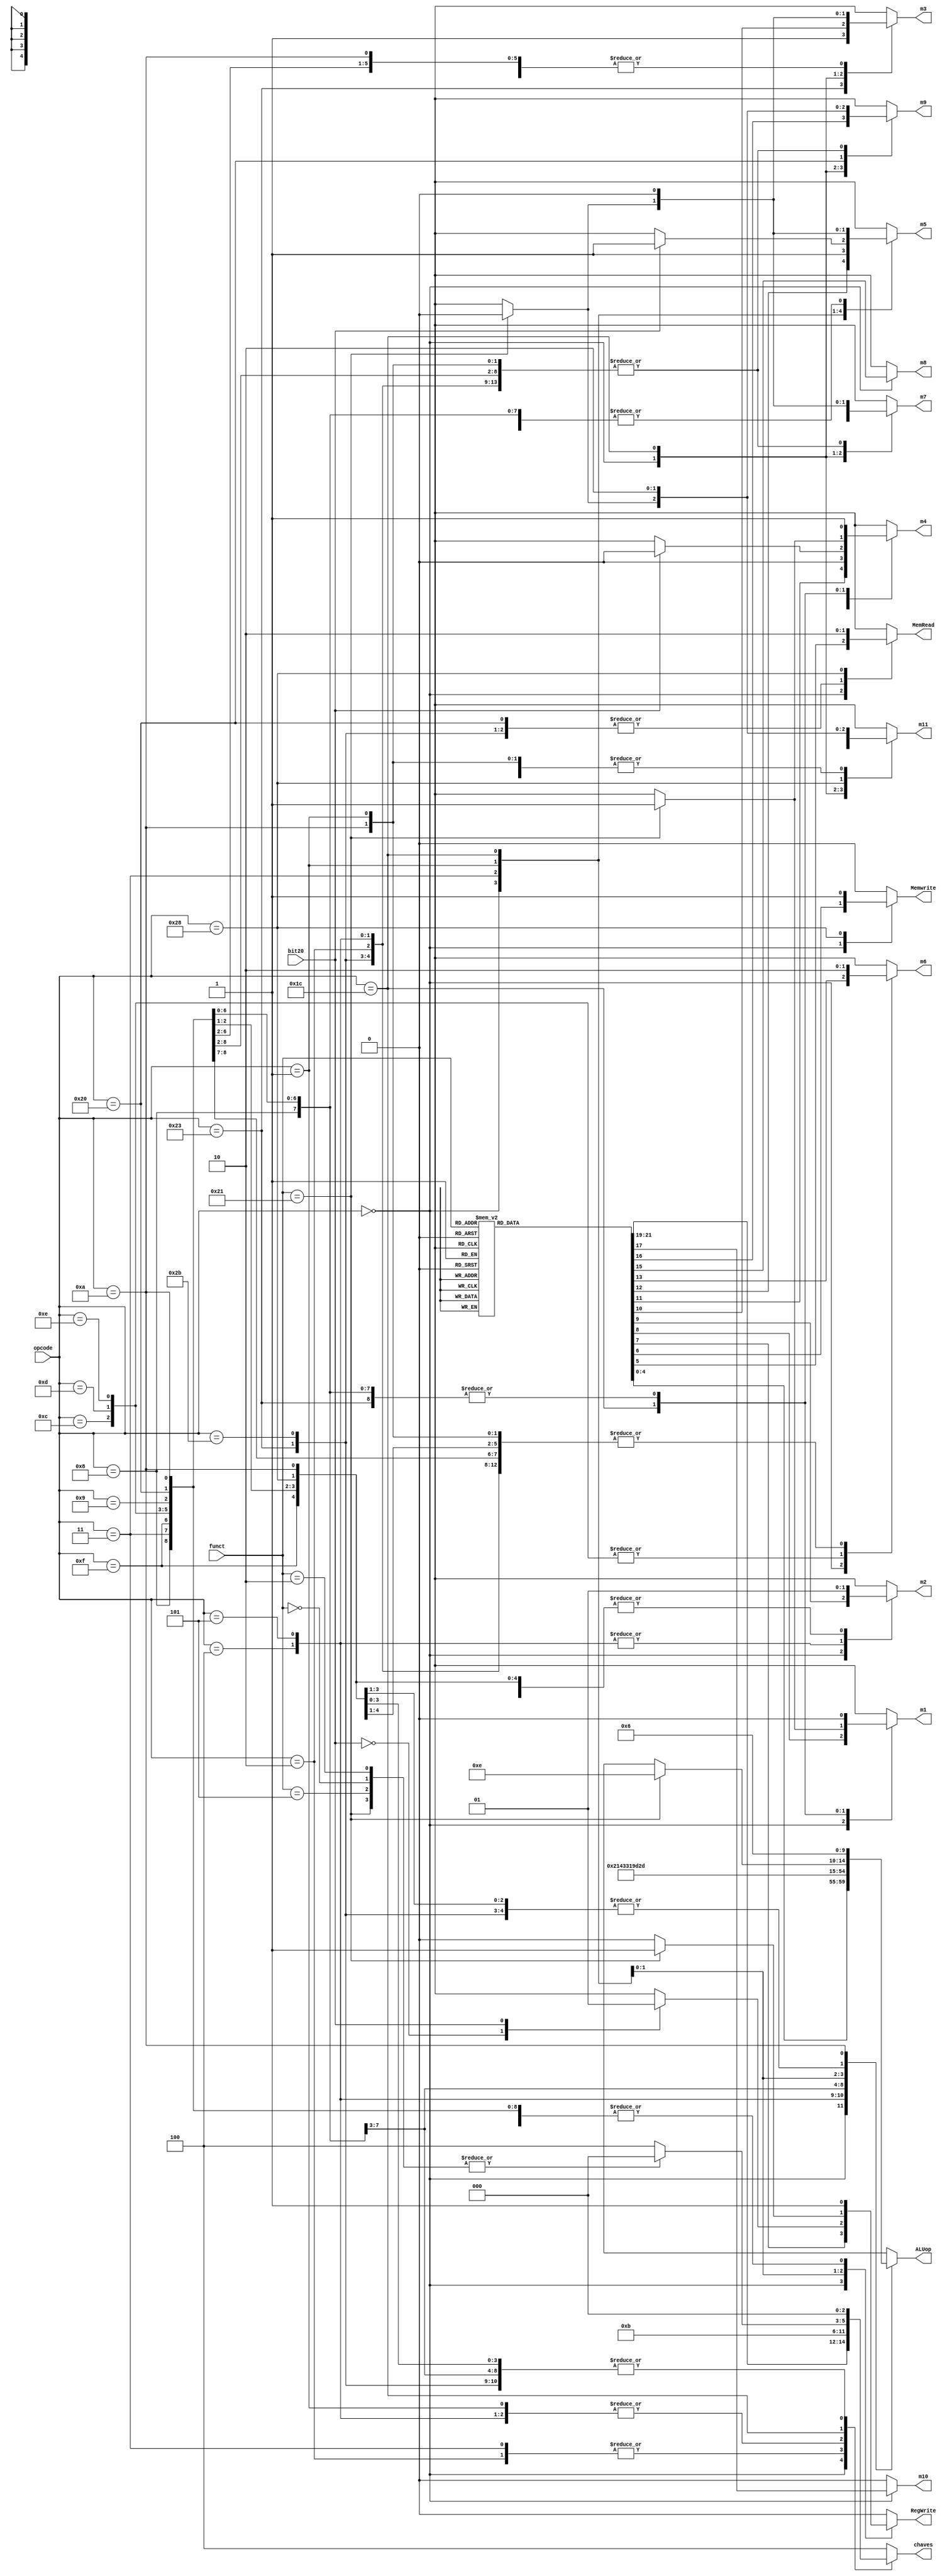
module bloco_de_controle
(opcode,funct,bit20,MemRead,ALUop,Memwrite,RegWrite,m1,m2,m3,m4,m5,m6,m7,m8,m9,m10,m11,chaves);
input [5:0] opcode;
input [5:0] funct;
input bit20;
output reg [2:0] chaves;
output reg MemRead,Memwrite,RegWrite,m1,m2,m3,m4,m5,m6,m7,m8,m9,m10,m11;
output reg [4:0] ALUop;
always @(*)
begin

	case(opcode)
		6'b100011: //lw
			begin
				 ALUop = 5'b00000;
				 MemRead = 1'b1;
				 Memwrite = 1'b0;
				 RegWrite = 1'b1;
				 m1 = 1'b0;
				 m2 = 1'b1;
				 m3 = 1'b1;
				 m4 = 1'b1;
				 m5 = 1'b0;
				 m6 = 1'b0;
				 m7 = 1'b0;
				 m8 = 1'bx;
				 m9 = 1'b0;
				 m10 = 1'b0;
				 m11 = 1'b0;
				 chaves = 3'b000;
			end
		6'b000000: //varias operacoes
			begin
				case(funct)
					6'b100000: //add
						begin
							 ALUop = 5'b00001;
							 MemRead = 1'bx;
							 Memwrite = 1'b0;
							 RegWrite = 1'b1;
							 m1 = 1'b1;
							 m2 = 1'b0;
							 m3 = 1'b0;
							 m4 = 1'b1;
							 m5 = 1'b0;
							 m6 = 1'b0;
							 m7 = 1'b0;
							 m8 = 1'bx;
							 m9 = 1'b0;
							 m10 = 1'b0;
							 m11 = 1'b0;
							 chaves = 3'b000;
						end
					6'b100010: //sub
						begin
							 ALUop = 5'b00010;
							 MemRead = 1'bx;
							 Memwrite = 1'b0;
							 RegWrite = 1'b1;
							 m1 = 1'b1;
							 m2 = 1'b0;
							 m3 = 1'b0;
							 m4 = 1'b1;
							 m5 = 1'b0;
							 m6 = 1'b0;
							 m7 = 1'b0;
							 m8 = 1'bx;
							 m9 = 1'b0;
							 m10 = 1'b0;
							 m11 = 1'b0;
							 chaves = 3'b000;
						end
					6'b100100: //and
						begin
							 ALUop = 5'b00011;
							 MemRead = 1'bx;
							 Memwrite = 1'b0;
							 RegWrite = 1'b1;
							 m1 = 1'b1;
							 m2 = 1'b0;
							 m3 = 1'b0;
							 m4 = 1'b1;
							 m5 = 1'b0;
							 m6 = 1'b0;
							 m7 = 1'b0;
							 m8 = 1'bx;
							 m9 = 1'b0;
							 m10 = 1'b0;
							 m11 = 1'b0;
							 chaves = 3'b000;
						end
					6'b100001: //addu
						begin
							 ALUop = 5'b00000;
							 MemRead = 1'bx;
							 Memwrite = 1'b0;
							 RegWrite = 1'b1;
							 m1 = 1'b1;
							 m2 = 1'b0;
							 m3 = 1'b0;
							 m4 = 1'b1;
							 m5 = 1'b0;
							 m6 = 1'b0;
							 m7 = 1'b0;
							 m8 = 1'bx;
							 m9 = 1'b0;
							 m10 = 1'b0;
							 m11 = 1'b0;
							 chaves = 3'b000;
						end
					6'b101010: //slt
						begin
							 ALUop = 5'b00110;
							 MemRead = 1'bx;
							 Memwrite = 1'b0;
							 RegWrite = 1'b1;
							 m1 = 1'b1;
							 m2 = 1'b0;
							 m3 = 1'b0;
							 m4 = 1'b1;
							 m5 = 1'b0;
							 m6 = 1'b0;
							 m7 = 1'b0;
							 m8 = 1'bx;
							 m9 = 1'b0;
							 m10 = 1'b0;
							 m11 = 1'b0;
							 chaves = 3'b000;
						end
					6'b110100: //teq
						begin
							 ALUop = 5'b00100;
							 MemRead = 1'bx;
							 Memwrite = 1'b0;
							 RegWrite = 1'b0;
							 m1 = 1'bx;
							 m2 = 1'b0;
							 m3 = 1'bx;
							 m4 = 1'bx;
							 m5 = 1'bx;
							 m6 = 1'b0;
							 m7 = 1'bx;
							 m8 = 1'bx;
							 m9 = 1'bx;
							 m10 = 1'b0;
							 m11 = 1'bx;
							 chaves = 3'b100;
						end
					6'b100101: //or
						begin
							 ALUop = 5'b00111;
							 MemRead = 1'bx;
							 Memwrite = 1'b0;
							 RegWrite = 1'b1;
							 m1 = 1'b1;
							 m2 = 1'b0;
							 m3 = 1'b0;
							 m4 = 1'b1;
							 m5 = 1'b0;
							 m6 = 1'b0;
							 m7 = 1'b0;
							 m8 = 1'bx;
							 m9 = 1'b0;
							 m10 = 1'b0;
							 m11 = 1'b0;
							 chaves = 3'b000;
						end
					6'b100111: //nor
						begin
							 ALUop = 5'b01000;
							 MemRead = 1'bx;
							 Memwrite = 1'b0;
							 RegWrite = 1'b1;
							 m1 = 1'b1;
							 m2 = 1'b0;
							 m3 = 1'b0;
							 m4 = 1'b1;
							 m5 = 1'b0;
							 m6 = 1'b0;
							 m7 = 1'b0;
							 m8 = 1'bx;
							 m9 = 1'b0;
							 m10 = 1'b0;
							 m11 = 1'b0;
							 chaves = 3'b000;
						end
					6'b100110: //xor
						begin
							 ALUop = 5'b01001;
							 MemRead = 1'bx;
							 Memwrite = 1'b0;
							 RegWrite = 1'b1;
							 m1 = 1'b1;
							 m2 = 1'b0;
							 m3 = 1'b0;
							 m4 = 1'b1;
							 m5 = 1'b0;
							 m6 = 1'b0;
							 m7 = 1'b0;
							 m8 = 1'bx;
							 m9 = 1'b0;
							 m10 = 1'b0;
							 m11 = 1'b0;
							 chaves = 3'b000;
						end
					6'b001000: //jr
						begin
							 ALUop = 5'bxxxxx;
							 MemRead = 1'bx;
							 Memwrite = 1'b0;
							 RegWrite = 1'b0;
							 m1 = 1'bx;
							 m2 = 1'bx;
							 m3 = 1'bx;
							 m4 = 1'bx;
							 m5 = 1'b0;
							 m6 = 1'b0;
							 m7 = 1'b0;
							 m8 = 1'bx;
							 m9 = 1'b0;
							 m10 = 1'b0;
							 m11 = 1'b0;
							 chaves = 3'b010;
						end
					6'b100011: //subu
						begin
							 ALUop = 5'b01010;
							 MemRead = 1'bx;
							 Memwrite = 1'b0;
							 RegWrite = 1'b1;
							 m1 = 1'b1;
							 m2 = 1'b0;
							 m3 = 1'b0;
							 m4 = 1'b1;
							 m5 = 1'b0;
							 m6 = 1'b0;
							 m7 = 1'b0;
							 m8 = 1'bx;
							 m9 = 1'b0;
							 m10 = 1'b0;
							 m11 = 1'b0;
							 chaves = 3'b000;
						end
					6'b000000: //sll
						begin
							 ALUop = 5'b01011;
							 MemRead = 1'bx;
							 Memwrite = 1'b0;
							 RegWrite = 1'b1;
							 m1 = 1'b1;
							 m2 = 1'b0;
							 m3 = 1'b0;
							 m4 = 1'b1;
							 m5 = 1'b0;
							 m6 = 1'b0;
							 m7 = 1'b0;
							 m8 = 1'bx;
							 m9 = 1'b0;
							 m10 = 1'b0;
							 m11 = 1'b0;
							 chaves = 3'b000;
						end
					6'b000010: //srl
						begin
							 ALUop = 5'b01100;
							 MemRead = 1'bx;
							 Memwrite = 1'b0;
							 RegWrite = 1'b1;
							 m1 = 1'b1;
							 m2 = 1'b0;
							 m3 = 1'b0;
							 m4 = 1'b1;
							 m5 = 1'b0;
							 m6 = 1'b0;
							 m7 = 1'b0;
							 m8 = 1'bx;
							 m9 = 1'b0;
							 m10 = 1'b0;
							 m11 = 1'b0;
							 chaves = 3'b000;
						end
					6'b011000: //mult
						begin
							 ALUop = 5'bxxxxx;
							 MemRead = 1'bx;
							 Memwrite = 1'b0;
							 RegWrite = 1'b0;
							 m1 = 1'bx;
							 m2 = 1'bx;
							 m3 = 1'bx;
							 m4 = 1'bx;
							 m5 = 1'bx;
							 m6 = 1'bx;
							 m7 = 1'bx;
							 m8 = 1'bx;
							 m9 = 1'bx;
							 m10 = 1'b0;
							 m11 = 1'bx;
							 chaves = 3'b000;
						end
					6'b011010: //div
						begin
							 ALUop = 5'bxxxxx;
							 MemRead = 1'bx;
							 Memwrite = 1'b0;
							 RegWrite = 1'b0;
							 m1 = 1'bx;
							 m2 = 1'bx;
							 m3 = 1'bx;
							 m4 = 1'bx;
							 m5 = 1'bx;
							 m6 = 1'bx;
							 m7 = 1'bx;
							 m8 = 1'bx;
							 m9 = 1'bx;
							 m10 = 1'b0;
							 m11 = 1'bx;
							 chaves = 3'b000;
						end
					6'b010000: //mfhi
						begin
							 ALUop = 5'bxxxxx;
							 MemRead = 1'bx;
							 Memwrite = 1'b0;
							 RegWrite = 1'b1;
							 m1 = 1'b1;
							 m2 = 1'bx;
							 m3 = 1'bx;
							 m4 = 1'b1;
							 m5 = 1'b0;
							 m6 = 1'bx;
							 m7 = 1'b1;
							 m8 = 1'b0;
							 m9 = 1'b0;
							 m10 = 1'b0;
							 m11 = 1'b0;
							 chaves = 3'b000;
						end
					6'b010010: //mflo
						begin
							 ALUop = 5'bxxxxx;
							 MemRead = 1'bx;
							 Memwrite = 1'b0;
							 RegWrite = 1'b1;
							 m1 = 1'b1;
							 m2 = 1'bx;
							 m3 = 1'bx;
							 m4 = 1'b1;
							 m5 = 1'b0;
							 m6 = 1'bx;
							 m7 = 1'b1;
							 m8 = 1'b1;
							 m9 = 1'b0;
							 m10 = 1'b0;
							 m11 = 1'b0;
							 chaves = 3'b000;
						end
					6'b000111: //srav
						begin
							 ALUop = 5'b01111;
							 MemRead = 1'bx;
							 Memwrite = 1'b0;
							 RegWrite = 1'b1;
							 m1 = 1'b1;
							 m2 = 1'b0;
							 m3 = 1'b0;
							 m4 = 1'b1;
							 m5 = 1'b0;
							 m6 = 1'b0;
							 m7 = 1'b0;
							 m8 = 1'bx;
							 m9 = 1'b0;
							 m10 = 1'b0;
							 m11 = 1'b0;
							 chaves = 3'b000;
						end
					6'b000011: //sra
						begin
							 ALUop = 5'b10000;
							 MemRead = 1'bx;
							 Memwrite = 1'b0;
							 RegWrite = 1'b1;
							 m1 = 1'b1;
							 m2 = 1'b0;
							 m3 = 1'b0;
							 m4 = 1'b1;
							 m5 = 1'b0;
							 m6 = 1'b0;
							 m7 = 1'b0;
							 m8 = 1'bx;
							 m9 = 1'b0;
							 m10 = 1'b0;
							 m11 = 1'b0;
							 chaves = 3'b000;
						end
					6'b001001: //jalr
						begin
							 ALUop = 5'bxxxxx;
							 MemRead = 1'bx;
							 Memwrite = 1'b0;
							 RegWrite = 1'b1;
							 m1 = 1'b1;
							 m2 = 1'bx;
							 m3 = 1'bx;
							 m4 = 1'b0;
							 m5 = 1'b0;
							 m6 = 1'bx;
							 m7 = 1'bx;
							 m8 = 1'bx;
							 m9 = 1'b0;
							 m10 = 1'b0;
							 m11 = 1'b0;
							 chaves = 3'b010;
						end
					6'b001011: //movn
						begin
							 ALUop = 5'b10001;
							 MemRead = 1'bx;
							 Memwrite = 1'b0;
							 RegWrite = 1'b1;
							 m1 = 1'b1;
							 m2 = 1'b0;
							 m3 = 1'b0;
							 m4 = 1'b1;
							 m5 = 1'b0;
							 m6 = 1'b0;
							 m7 = 1'b0;
							 m8 = 1'bx;
							 m9 = 1'b0;
							 m10 = 1'b1;
							 m11 = 1'b0;
							 chaves = 3'b000;
						end
					6'b101011: //sltu
						begin
							 ALUop = 5'b10010;
							 MemRead = 1'bx;
							 Memwrite = 1'b0;
							 RegWrite = 1'b1;
							 m1 = 1'b1;
							 m2 = 1'b0;
							 m3 = 1'b0;
							 m4 = 1'b1;
							 m5 = 1'b0;
							 m6 = 1'b0;
							 m7 = 1'b0;
							 m8 = 1'bx;
							 m9 = 1'b0;
							 m10 = 1'b0;
							 m11 = 1'b0;
							 chaves = 3'b000;
						end
					default:
						begin
							 ALUop = 5'bxxxxx;
							 MemRead = 1'bx;
							 Memwrite = 1'b0;
							 RegWrite = 1'b0;
							 m1 = 1'bx;
							 m2 = 1'bx;
							 m3 = 1'bx;
							 m4 = 1'bx;
							 m5 = 1'bx;
							 m6 = 1'bx;
							 m7 = 1'bx;
							 m8 = 1'bx;
							 m9 = 1'bx;
							 m10 = 1'b0;
							 m11 = 1'bx;
							 chaves = 3'b100;
						end
				endcase
			end
		6'b101011: //sw
			begin
				 ALUop = 5'b00000;
				 MemRead = 1'b1;
				 Memwrite = 1'b0;
				 RegWrite = 1'b0;
				 m1 = 1'bx;
				 m2 = 1'b1;
				 m3 = 1'bx;
				 m4 = 1'bx;
				 m5 = 1'b0;
				 m6 = 1'b0;
				 m7 = 1'b0;
				 m8 = 1'bx;
				 m9 = 1'b0;
				 m10 = 1'b0;
				 m11 = 1'b0;
				 chaves = 3'b000;
			end
		6'b000010: //j
			begin
				 ALUop = 5'bxxxxx;
				 MemRead = 1'bx;
				 Memwrite = 1'b0;
				 RegWrite = 1'b0;
				 m1 = 1'bx;
				 m2 = 1'bx;
				 m3 = 1'bx;
				 m4 = 1'bx;
				 m5 = 1'b0;
				 m6 = 1'b0;
				 m7 = 1'b0;
				 m8 = 1'bx;
				 m9 = 1'b0;
				 m10 = 1'b0;
				 m11 = 1'b0;
				 chaves = 3'b001;
			end
		6'b000100: //beq
			begin
				 ALUop = 5'b00100;
				 MemRead = 1'bx;
				 Memwrite = 1'b0;
				 RegWrite = 1'b0;
				 m1 = 1'bx;
				 m2 = 1'b0;
				 m3 = 1'bx;
				 m4 = 1'bx;
				 m5 = 1'bx;
				 m6 = 1'b0;
				 m7 = 1'b0;
				 m8 = 1'bx;
				 m9 = 1'b0;
				 m10 = 1'b0;
				 m11 = 1'b0;
				 chaves = 3'b011;
			end
		6'b000101: //bne
			begin
				 ALUop = 5'b00101;
				 MemRead = 1'bx;
				 Memwrite = 1'b0;
				 RegWrite = 1'b0;
				 m1 = 1'bx;
				 m2 = 1'b0;
				 m3 = 1'bx;
				 m4 = 1'bx;
				 m5 = 1'bx;
				 m6 = 1'b0;
				 m7 = 1'b0;
				 m8 = 1'bx;
				 m9 = 1'b0;
				 m10 = 1'b0;
				 m11 = 1'b0;
				 chaves = 3'b011;
			end
		6'b001000: //addi
			begin
				 ALUop = 5'b00001;
				 MemRead = 1'bx;
				 Memwrite = 1'b0;
				 RegWrite = 1'b1;
				 m1 = 1'b0;
				 m2 = 1'b1;
				 m3 = 1'b0;
				 m4 = 1'b1;
				 m5 = 1'b0;
				 m6 = 1'b0;
				 m7 = 1'b0;
				 m8 = 1'bx;
				 m9 = 1'b0;
				 m10 = 1'b0;
				 m11 = 1'b0;
				 chaves = 3'b000;
			end
		6'b000011: //jal
			begin
				 ALUop = 5'bxxxxx;
				 MemRead = 1'bx;
				 Memwrite = 1'b0;
				 RegWrite = 1'b1;
				 m1 = 1'bx;
				 m2 = 1'bx;
				 m3 = 1'bx;
				 m4 = 1'b0;
				 m5 = 1'b1;
				 m6 = 1'b0;
				 m7 = 1'b0;
				 m8 = 1'bx;
				 m9 = 1'b0;
				 m10 = 1'b0;
				 m11 = 1'b0;
				 chaves = 3'b001;
			end
		6'b001111: //lui
			begin
				 ALUop = 5'b10011;
				 MemRead = 1'bx;
				 Memwrite = 1'b0;
				 RegWrite = 1'b1;
				 m1 = 1'b0;
				 m2 = 1'b1;
				 m3 = 1'b0;
				 m4 = 1'b1;
				 m5 = 1'b0;
				 m6 = 1'b0;
				 m7 = 1'b0;
				 m8 = 1'bx;
				 m9 = 1'b0;
				 m10 = 1'b0;
				 m11 = 1'b0;
				 chaves = 3'b000;
			end
		6'b001100: //andi
			begin
				 ALUop = 5'b00011;
				 MemRead = 1'bx;
				 Memwrite = 1'b0;
				 RegWrite = 1'b1;
				 m1 = 1'b0;
				 m2 = 1'bx;
				 m3 = 1'b0;
				 m4 = 1'b1;
				 m5 = 1'b0;
				 m6 = 1'b1;
				 m7 = 1'b0;
				 m8 = 1'bx;
				 m9 = 1'b0;
				 m10 = 1'b0;
				 m11 = 1'b0;
				 chaves = 3'b000;
			end
		6'b001101: //ori
			begin
				 ALUop = 5'b00111;
				 MemRead = 1'bx;
				 Memwrite = 1'b0;
				 RegWrite = 1'b1;
				 m1 = 1'b0;
				 m2 = 1'bx;
				 m3 = 1'b0;
				 m4 = 1'b1;
				 m5 = 1'b0;
				 m6 = 1'b1;
				 m7 = 1'b0;
				 m8 = 1'bx;
				 m9 = 1'b0;
				 m10 = 1'b0;
				 m11 = 1'b0;
				 chaves = 3'b000;
			end
		6'b001110: //xori
			begin
				 ALUop = 5'b01001;
				 MemRead = 1'bx;
				 Memwrite = 1'b0;
				 RegWrite = 1'b1;
				 m1 = 1'b0;
				 m2 = 1'bx;
				 m3 = 1'b0;
				 m4 = 1'b1;
				 m5 = 1'b0;
				 m6 = 1'b1;
				 m7 = 1'b0;
				 m8 = 1'bx;
				 m9 = 1'b0;
				 m10 = 1'b0;
				 m11 = 1'b0;
				 chaves = 3'b000;
			end
		6'b000001: //gbez e bgezal
			begin
				case(bit20)
					1'b0: //bgez
						begin
							 ALUop = 5'b01101;
							 MemRead = 1'bx;
							 Memwrite = 1'b0;
							 RegWrite = 1'b0;
							 m1 = 1'bx;
							 m2 = 1'bx;
							 m3 = 1'bx;
							 m4 = 1'bx;
							 m5 = 1'bx;
							 m6 = 1'b0;
							 m7 = 1'b0;
							 m8 = 1'bx;
							 m9 = 1'b0;
							 m10 = 1'b0;
							 m11 = 1'b0;
							 chaves = 3'b011;
						end
					1'b1: //bgezal
						begin
							 ALUop = 5'b01101;
							 MemRead = 1'bx;
							 Memwrite = 1'b0;
							 RegWrite = 1'b1;
							 m1 = 1'bx;
							 m2 = 1'bx;
							 m3 = 1'bx;
							 m4 = 1'b0;
							 m5 = 1'b1;
							 m6 = 1'b0;
							 m7 = 1'b0;
							 m8 = 1'bx;
							 m9 = 1'b0;
							 m10 = 1'b0;
							 m11 = 1'b0;
							 chaves = 3'b011;
						end
					default:
						begin
							 ALUop = 5'bxxxxx;
							 MemRead = 1'bx;
							 Memwrite = 1'b0;
							 RegWrite = 1'b0;
							 m1 = 1'bx;
							 m2 = 1'bx;
							 m3 = 1'bx;
							 m4 = 1'bx;
							 m5 = 1'bx;
							 m6 = 1'bx;
							 m7 = 1'bx;
							 m8 = 1'bx;
							 m9 = 1'bx;
							 m10 = 1'b0;
							 m11 = 1'bx;
							 chaves = 3'b100;
						end
				endcase
			end
		6'b011100: //msubu, madd e mul
			begin
				case(funct)
					6'b000101: //msubu
						begin
							 ALUop = 5'bxxxxx;
							 MemRead = 1'bx;
							 Memwrite = 1'b0;
							 RegWrite = 1'b0;
							 m1 = 1'bx;
							 m2 = 1'bx;
							 m3 = 1'bx;
							 m4 = 1'bx;
							 m5 = 1'bx;
							 m6 = 1'bx;
							 m7 = 1'bx;
							 m8 = 1'bx;
							 m9 = 1'bx;
							 m10 = 1'b0;
							 m11 = 1'bx;
							 chaves = 3'b000;
						end
					6'b000000: //madd
						begin
							 ALUop = 5'bxxxxx;
							 MemRead = 1'bx;
							 Memwrite = 1'b0;
							 RegWrite = 1'b0;
							 m1 = 1'bx;
							 m2 = 1'bx;
							 m3 = 1'bx;
							 m4 = 1'bx;
							 m5 = 1'bx;
							 m6 = 1'bx;
							 m7 = 1'bx;
							 m8 = 1'bx;
							 m9 = 1'bx;
							 m10 = 1'b0;
							 m11 = 1'bx;
							 chaves = 3'b000;
						end
					6'b000010: //mul
						begin
							 ALUop = 5'bxxxxx;
							 MemRead = 1'bx;
							 Memwrite = 1'b0;
							 RegWrite = 1'b0;
							 m1 = 1'bx;
							 m2 = 1'bx;
							 m3 = 1'bx;
							 m4 = 1'bx;
							 m5 = 1'bx;
							 m6 = 1'bx;
							 m7 = 1'bx;
							 m8 = 1'bx;
							 m9 = 1'bx;
							 m10 = 1'b0;
							 m11 = 1'bx;
							 chaves = 3'b000;
						end
					6'b100001: //clo
						begin
							 ALUop = 5'b01110;
							 MemRead = 1'bx;
							 Memwrite = 1'b0;
							 RegWrite = 1'b1;
							 m1 = 1'b1;
							 m2 = 1'bx;
							 m3 = 1'b0;
							 m4 = 1'b1;
							 m5 = 1'b0;
							 m6 = 1'bx;
							 m7 = 1'b0;
							 m8 = 1'bx;
							 m9 = 1'b0;
							 m10 = 1'b0;
							 m11 = 1'b0;
							 chaves = 3'b000;
						end
					default:
						begin
							 ALUop = 5'bxxxxx;
							 MemRead = 1'bx;
							 Memwrite = 1'b0;
							 RegWrite = 1'b0;
							 m1 = 1'bx;
							 m2 = 1'bx;
							 m3 = 1'bx;
							 m4 = 1'bx;
							 m5 = 1'bx;
							 m6 = 1'bx;
							 m7 = 1'bx;
							 m8 = 1'bx;
							 m9 = 1'bx;
							 m10 = 1'b0;
							 m11 = 1'bx;
							 chaves = 3'b100;
						end
				endcase
			end
		6'b001001: //addiu
			begin
				 ALUop = 5'b00000;
				 MemRead = 1'bx;
				 Memwrite = 1'b0;
				 RegWrite = 1'b1;
				 m1 = 1'b0;
				 m2 = 1'b1;
				 m3 = 1'b0;
				 m4 = 1'b1;
				 m5 = 1'b0;
				 m6 = 1'b0;
				 m7 = 1'b0;
				 m8 = 1'bx;
				 m9 = 1'b0;
				 m10 = 1'b0;
				 m11 = 1'b0;
				 chaves = 3'b000;
			end
		6'b100000: //lb
			begin
				 ALUop = 5'b00000;
				 MemRead = 1'b1;
				 Memwrite = 1'b0;
				 RegWrite = 1'b1;
				 m1 = 1'b0;
				 m2 = 1'b1;
				 m3 = 1'bx;
				 m4 = 1'b1;
				 m5 = 1'b0;
				 m6 = 1'b0;
				 m7 = 1'bx;
				 m8 = 1'bx;
				 m9 = 1'b1;
				 m10 = 1'b0;
				 m11 = 1'b0;
				 chaves = 3'b000;
			end
		6'b101000: //sb
			begin
				 ALUop = 5'b00000;
				 MemRead = 1'b0;
				 Memwrite = 1'b1;
				 RegWrite = 1'b0;
				 m1 = 1'bx;
				 m2 = 1'b1;
				 m3 = 1'bx;
				 m4 = 1'bx;
				 m5 = 1'bx;
				 m6 = 1'b0;
				 m7 = 1'bx;
				 m8 = 1'bx;
				 m9 = 1'bx;
				 m10 = 1'b0;
				 m11 = 1'b1;
				 chaves = 3'b000;
			end
		6'b001010: //slti
			begin
				 ALUop = 5'b00110;
				 MemRead = 1'bx;
				 Memwrite = 1'b0;
				 RegWrite = 1'b1;
				 m1 = 1'b0;
				 m2 = 1'b1;
				 m3 = 1'b0;
				 m4 = 1'b1;
				 m5 = 1'b0;
				 m6 = 1'b0;
				 m7 = 1'b0;
				 m8 = 1'bx;
				 m9 = 1'b0;
				 m10 = 1'b0;
				 m11 = 1'b0;
				 chaves = 3'b000;
			end
		default:
			begin
				 ALUop = 5'bxxxxx;
				 MemRead = 1'bx;
				 Memwrite = 1'b0;
				 RegWrite = 1'b0;
				 m1 = 1'bx;
				 m2 = 1'bx;
				 m3 = 1'bx;
				 m4 = 1'bx;
				 m5 = 1'bx;
				 m6 = 1'bx;
				 m7 = 1'bx;
				 m8 = 1'bx;
				 m9 = 1'bx;
				 m10 = 1'b0;
				 m11 = 1'bx;
				 chaves = 3'b100;
			end
	endcase	
end
endmodule